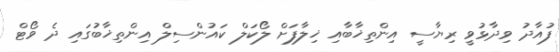
ފުއާދު ވިދާޅުވީ ރިޔާސީ އިންތިޚާބާއި ޚިލާފަށް ލޯކަލް ކައުންސިލް އިންތިޚާބުގައި ދެ ވޯޓް